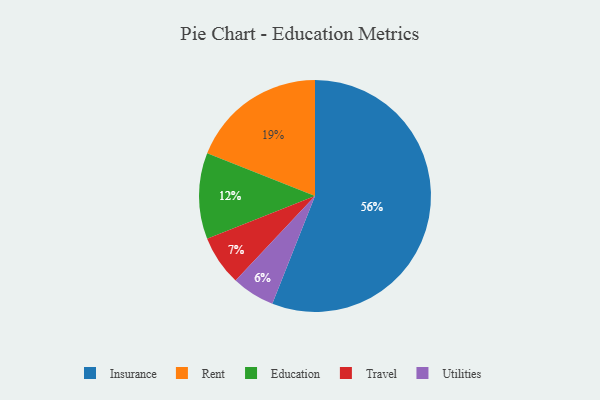
{"axis": {"x": "Category", "y": "Percentage"}, "legend": ["Education", "Insurance", "Rent", "Travel", "Utilities"], "data": [{"x": "Rent", "y": 19, "type": "Rent"}, {"x": "Utilities", "y": 6, "type": "Utilities"}, {"x": "Insurance", "y": 56, "type": "Insurance"}, {"x": "Travel", "y": 7, "type": "Travel"}, {"x": "Education", "y": 12, "type": "Education"}]}